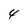
Character: 4